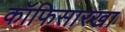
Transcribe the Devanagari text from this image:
कॉफिसारखा